Lunatic asylums Central Provinces reports 1874-1885 - 1874-1885
Year: 1874
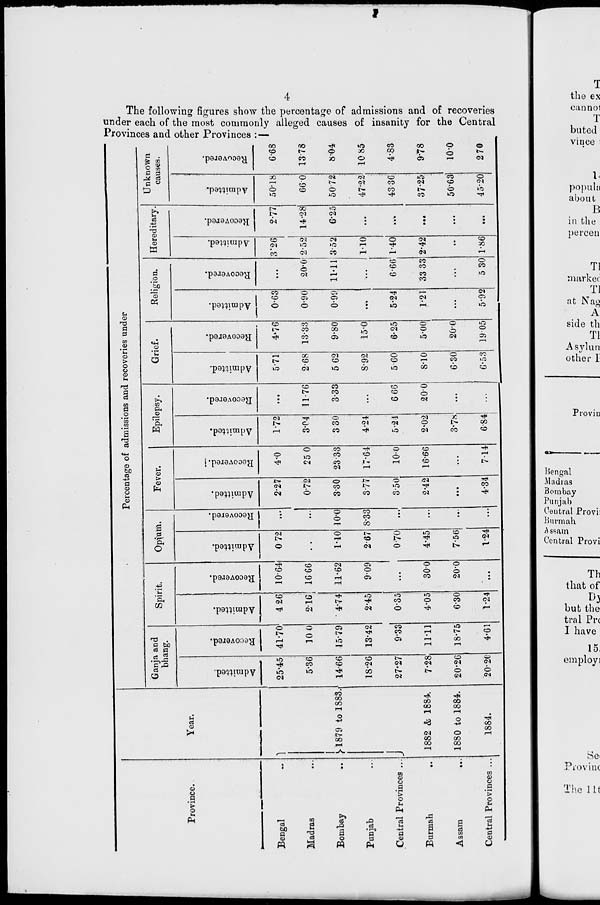
4
The following figures show the percentage of admissions and of recoveries
under each of the most commonly alleged causes of insanity for the Central
Provinces and other Provinces :—
Province.
Bengal ...
Madras ...
Bombay
...
Punjab ...
Central Provinces ...
Burmah
...
Assam
...
Central Provinces ...
Year.
1879 to 1883.
1882 & 1884.
1880 to 1884.
1884.
Percentage of admissions and recoveries under
Ganja and
bhang.
Admitted.
25.45
5.36
14.66
18.26
27.27
7.28
20.26
20.20
Recovered.
41.70
10.0
15.79
13.42
9.33
11.11
18.75
4.61
Spirit.
Admitted.
4.26
2.16
4.74
2.45
0.35
4.05
6.30
1.24
Recovered.
10.64
16.66
11.62
9.09
...
30.0
20.0
...
Opium.
Admitted.
0.72
...
1.10
2.67
0.70
4.45
7.56
1.24
Recovered.
...
...
10.0
8.33
...
...
...
...
Fever.
Admitted.
2.27
0.72
3.30
3.77
3.50
2.42
...
4.34
Recovered.
4.0
25.0
23.33
17.64
10.0
16.66
...
7.14
Epilepsy.
Admitted.
1.72
3.04
3.30
4.24
5.24
2.02
3.78
6.84
Recovered.
...
11.76
3.33
...
6.66
20.0
...
...
Grief.
Admitted.
5.71
2.68
5.62
8.92
5.60
8.10
6.30
6.53
Recovered.
4.76
13.33
9.80
15.0
6.25
5.00
20.0
19.05
Religion.
Admitted.
0.63
0.90
0.99
...
5.24
1.21
...
5.92
Recovered.
...
20.0
11.11
...
6.66
33.33
...
5.30
Hereditary
Admitted.
3.26
2.52
3.52
1.10
1.40
2.42
...
1.86
Recovered.
2.77
14.28
6.25
...
...
...
...
...
Unknown
causes.
Admitted.
50.18
66.0
50.72
47.22
43.36
37.25
50.63
45.20
Recovered.
6.68
13.78
8.04
10.85
4.83
9.78
10.0
2.70